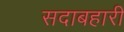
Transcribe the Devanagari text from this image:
सदाबहारी